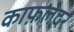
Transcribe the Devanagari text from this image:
काफ़लेदर